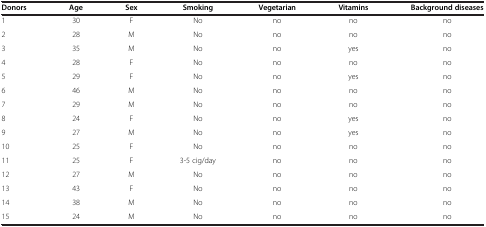
<table><thead><tr><td><b>Donors</b></td><td><b>Age</b></td><td><b>Sex</b></td><td><b>Smoking</b></td><td><b>Vegetarian</b></td><td><b>Vitamins</b></td><td><b>Background diseases</b></td></tr></thead><tbody><tr><td>1</td><td>30</td><td>F</td><td>No</td><td>no</td><td>no</td><td>no</td></tr><tr><td>2</td><td>28</td><td>M</td><td>No</td><td>no</td><td>no</td><td>no</td></tr><tr><td>3</td><td>35</td><td>M</td><td>No</td><td>no</td><td>yes</td><td>no</td></tr><tr><td>4</td><td>28</td><td>F</td><td>No</td><td>no</td><td>no</td><td>no</td></tr><tr><td>5</td><td>29</td><td>F</td><td>No</td><td>no</td><td>yes</td><td>no</td></tr><tr><td>6</td><td>46</td><td>M</td><td>No</td><td>no</td><td>no</td><td>no</td></tr><tr><td>7</td><td>29</td><td>M</td><td>No</td><td>no</td><td>no</td><td>no</td></tr><tr><td>8</td><td>24</td><td>F</td><td>No</td><td>no</td><td>yes</td><td>no</td></tr><tr><td>9</td><td>27</td><td>M</td><td>No</td><td>no</td><td>yes</td><td>no</td></tr><tr><td>10</td><td>25</td><td>F</td><td>No</td><td>no</td><td>no</td><td>no</td></tr><tr><td>11</td><td>25</td><td>F</td><td>3-5 cig/day</td><td>no</td><td>no</td><td>no</td></tr><tr><td>12</td><td>27</td><td>M</td><td>No</td><td>no</td><td>no</td><td>no</td></tr><tr><td>13</td><td>43</td><td>F</td><td>No</td><td>no</td><td>no</td><td>no</td></tr><tr><td>14</td><td>38</td><td>M</td><td>No</td><td>no</td><td>no</td><td>no</td></tr><tr><td>15</td><td>24</td><td>M</td><td>No</td><td>no</td><td>no</td><td>no</td></tr></tbody></table>